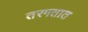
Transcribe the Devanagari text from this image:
तरगतात